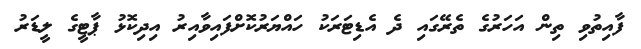
ފާއިތުވި ތިން އަހަރުގެ ތެރޭގައި ދެ އެޑިޓަރަކު ހައްޔަރުކޮށްފައިވާއިރު އިދިކޮޅު ޕާޓީގެ ލީޑަރު